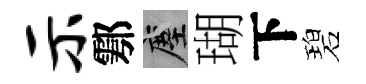
示鄠塵瑚下碧